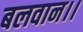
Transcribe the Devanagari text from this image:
बलवान।।